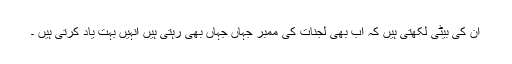
ان کی بیٹی لکھتی ہیں کہ اب بھی لجنات کی ممبر جہاں جہاں بھی رہتی ہیں انہیں بہت یاد کرتی ہیں ۔